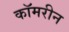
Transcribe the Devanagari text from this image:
कॉमरीन